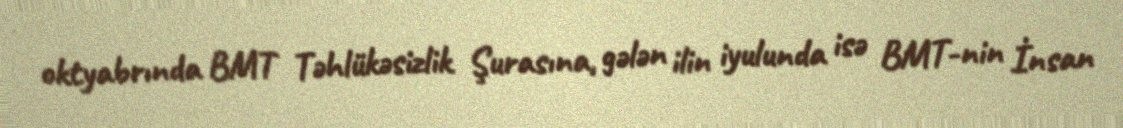
oktyabrında BMT Təhlükəsizlik Şurasına, gələn ilin iyulunda isə BMT-nin İnsan